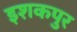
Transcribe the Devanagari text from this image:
इशकपुर